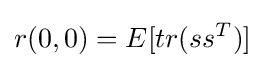
r(0,0)=E[tr(ss^{T})]